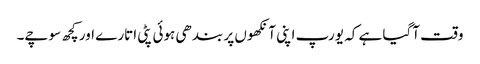
وقت آگیا ہے کہ یورپ اپنی آنکھوں پر بندھی ہوئی پٹی اتارے اور کچھ سوچے۔